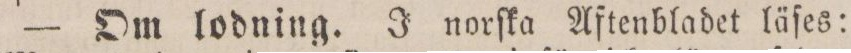
— Om lodning. J norſka Aftenbladet läſes: